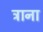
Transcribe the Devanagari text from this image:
त्राना